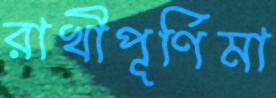
রাখীপূর্ণিমা